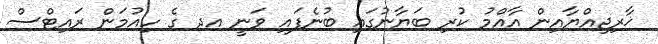
ޚާރިޖިއްޔާއިން އާއްމު ކުރި ބަޔާނުގައި ބުނެފައި ވަނީ އދ ގެ ހިއުމަން ރައިޓްސް